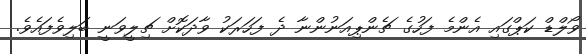
ވޯލްޑް ކަޕްގައި އެންމެ ފަހުގެ ޗެންޕިއަނުންނާ ދެ ފަހަރަކު ވާދަކޮށް ޗިލީވަނީ ބަލިވެފައެވެ.